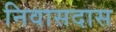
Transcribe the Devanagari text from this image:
निवासदास